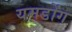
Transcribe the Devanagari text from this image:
यमडोंग